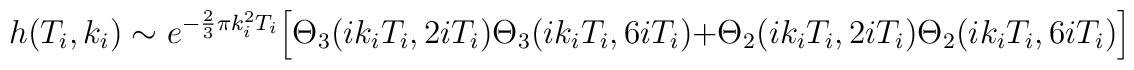
h(T_i,k_i)\sim e^{-\frac{2}{3}\pi k_i^2 T_i}\Bigl[\Theta_3(ik_iT_i,2i T_i)\Theta_3(ik_iT_i,6iT_i)+\Theta_2(ik_iT_i,2iT_i)\Theta_2(ik_iT_i,6iT_i)\Bigr]